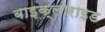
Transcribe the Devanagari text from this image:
बाइक्लोराइड